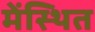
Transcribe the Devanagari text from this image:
मेंस्थित